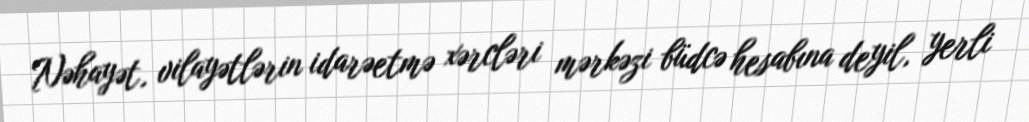
Nəhayət, vilayətlərin idarəetmə xərcləri mərkəzi büdcə hesabına deyil, yerli